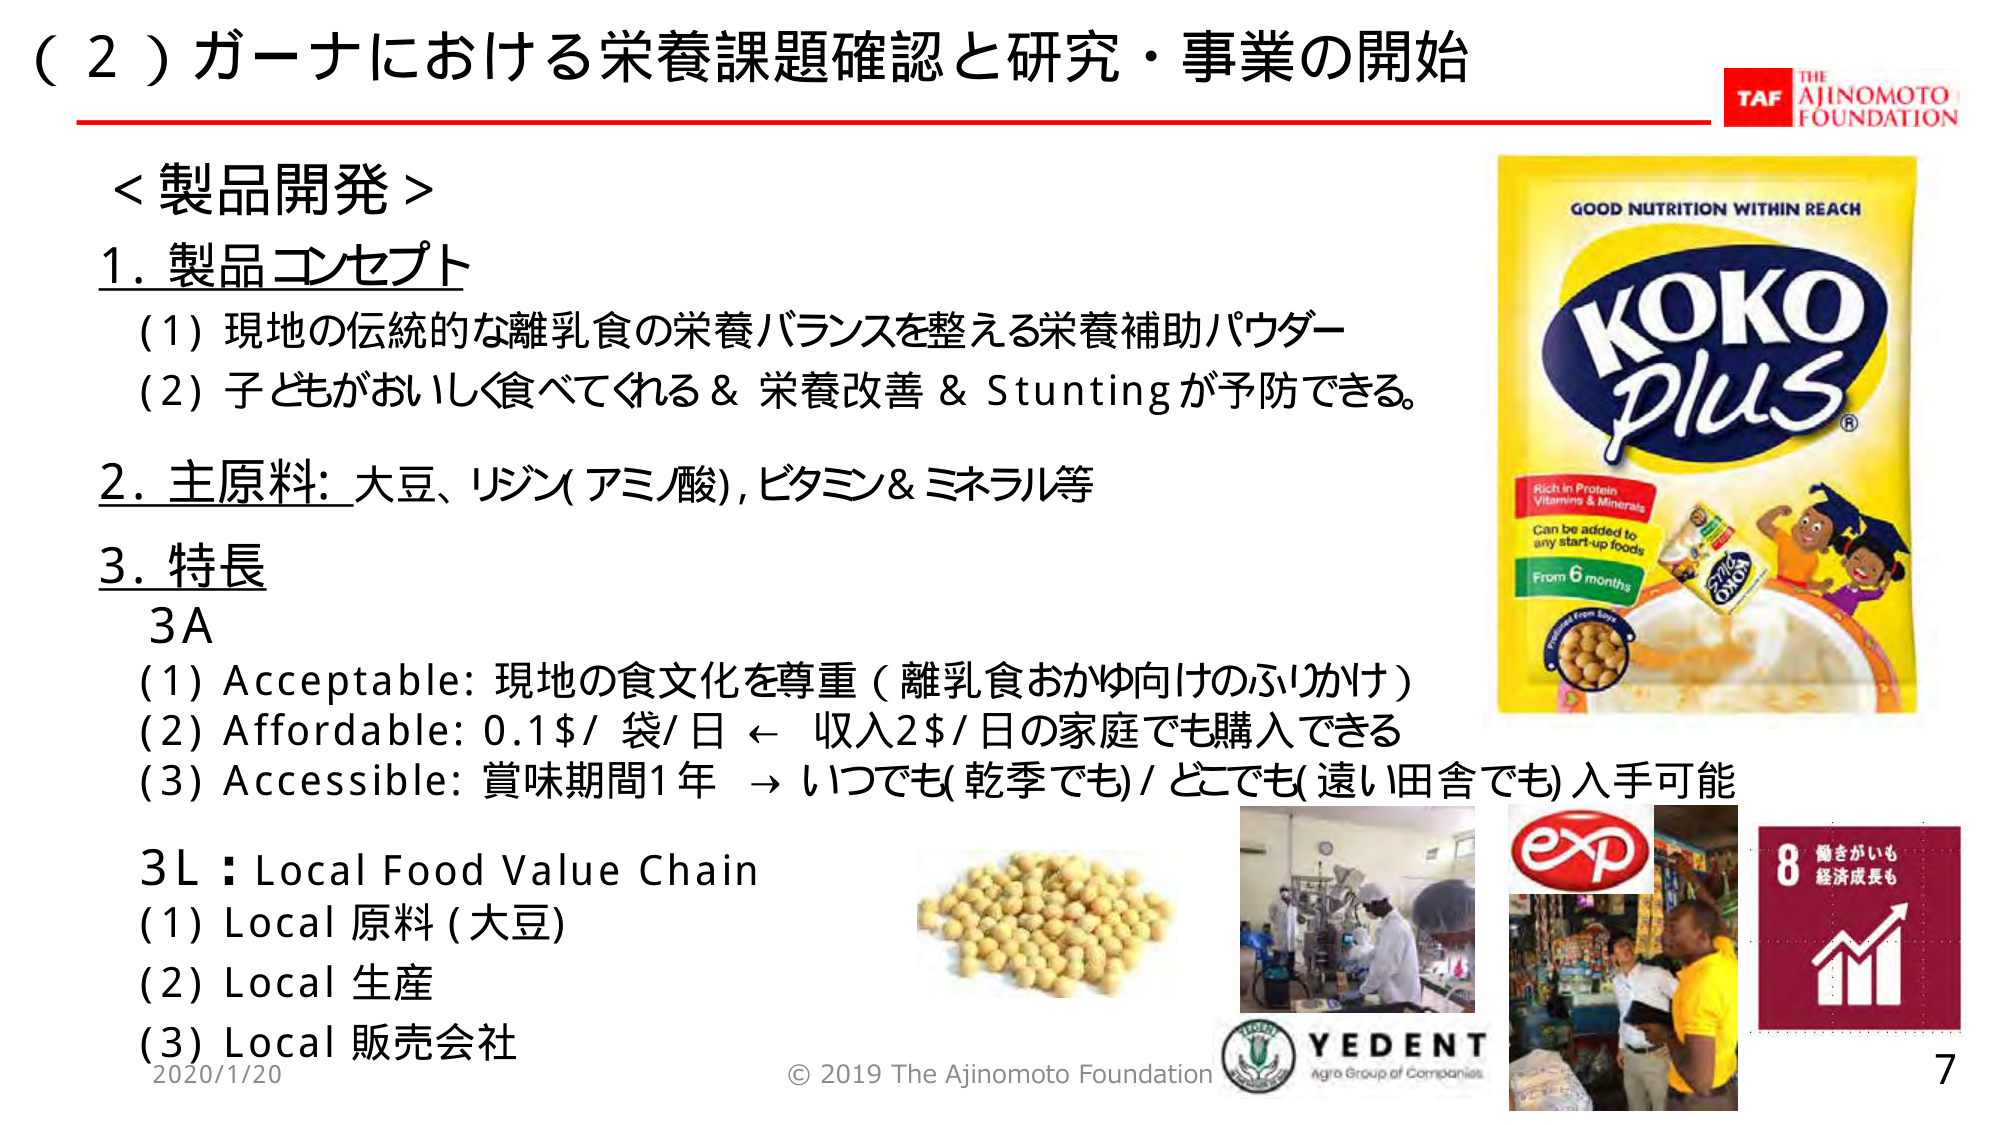
（２）ガーナにおける栄養課題確認と研究・事業の開始

＜製品開発＞
1. 製品コンセプト
（1）現地の伝統的な離乳食の栄養バランスを整える栄養補助パウダー
（2）子どもがおいしく食べてくれる＆栄養改善＆Stuntingが予防できる。

2. 主原料: 大豆、リジン(アミノ酸)、ビタミン＆ミネラル等

3. 特長
3A
（1）Acceptable: 現地の食文化を尊重（離乳食おかゆ向けのふりかけ）
（2）Affordable: 0.1$/袋/日 ← 収入2$/日の家庭でも購入できる
（3）Accessible: 賞味期間1年 → いつでも(乾季でも)/どこでも(遠い田舎でも)入手可能

3L：Local Food Value Chain
（1）Local 原料（大豆）
（2）Local 生産
（3）Local 販売会社

GOOD NUTRITION WITHIN REACH
KOKO plus®
Rich in Protein
Vitamins & Minerals
Can be added to
any start-up foods
From 6 months
Produced from Soy

TAF
THE
AJINOMOTO
FOUNDATION

exp

8 働きがいも
経済成長も

YEDENT
Agro Group of Companies

© 2019 The Ajinomoto Foundation
2020/1/20
7